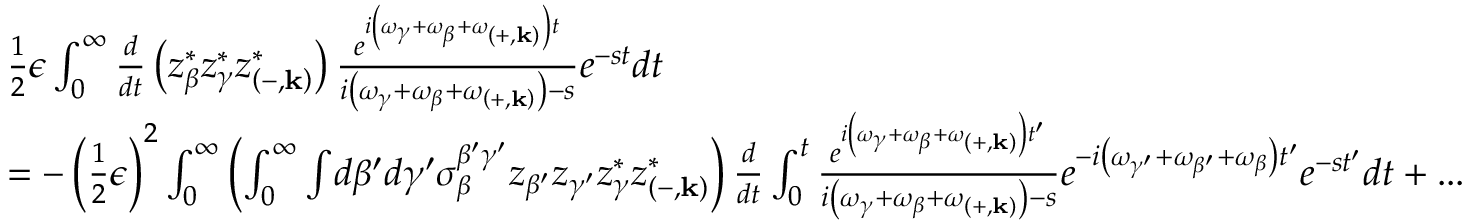
\begin{array} { r l } & { \frac { 1 } { 2 } \epsilon \int _ { 0 } ^ { \infty } \frac { d } { d t } \left( z _ { \beta } ^ { * } z _ { \gamma } ^ { * } z _ { \left( - , \mathbf { k } \right) } ^ { * } \right) \frac { e ^ { i \left( \omega _ { \gamma } + \omega _ { \beta } + \omega _ { \left( + , \mathbf { k } \right) } \right) t } } { i \left( \omega _ { \gamma } + \omega _ { \beta } + \omega _ { \left( + , \mathbf { k } \right) } \right) - s } e ^ { - s t } d t } \\ & { = - \left( \frac { 1 } { 2 } \epsilon \right) ^ { 2 } \int _ { 0 } ^ { \infty } \left( \int _ { 0 } ^ { \infty } \int \! d \beta ^ { \prime } d \gamma ^ { \prime } \sigma _ { \beta } ^ { \beta ^ { \prime } \gamma ^ { \prime } } z _ { \beta ^ { \prime } } z _ { \gamma ^ { \prime } } z _ { \gamma } ^ { * } z _ { \left( - , \mathbf { k } \right) } ^ { * } \right) \frac { d } { d t } \int _ { 0 } ^ { t } \frac { e ^ { i \left( \omega _ { \gamma } + \omega _ { \beta } + \omega _ { \left( + , \mathbf { k } \right) } \right) t ^ { \prime } } } { i \left( \omega _ { \gamma } + \omega _ { \beta } + \omega _ { \left( + , \mathbf { k } \right) } \right) - s } e ^ { - i \left( \omega _ { \gamma ^ { \prime } } + \omega _ { \beta ^ { \prime } } + \omega _ { \beta } \right) t ^ { \prime } } e ^ { - s t ^ { \prime } } d t + . . . } \end{array}